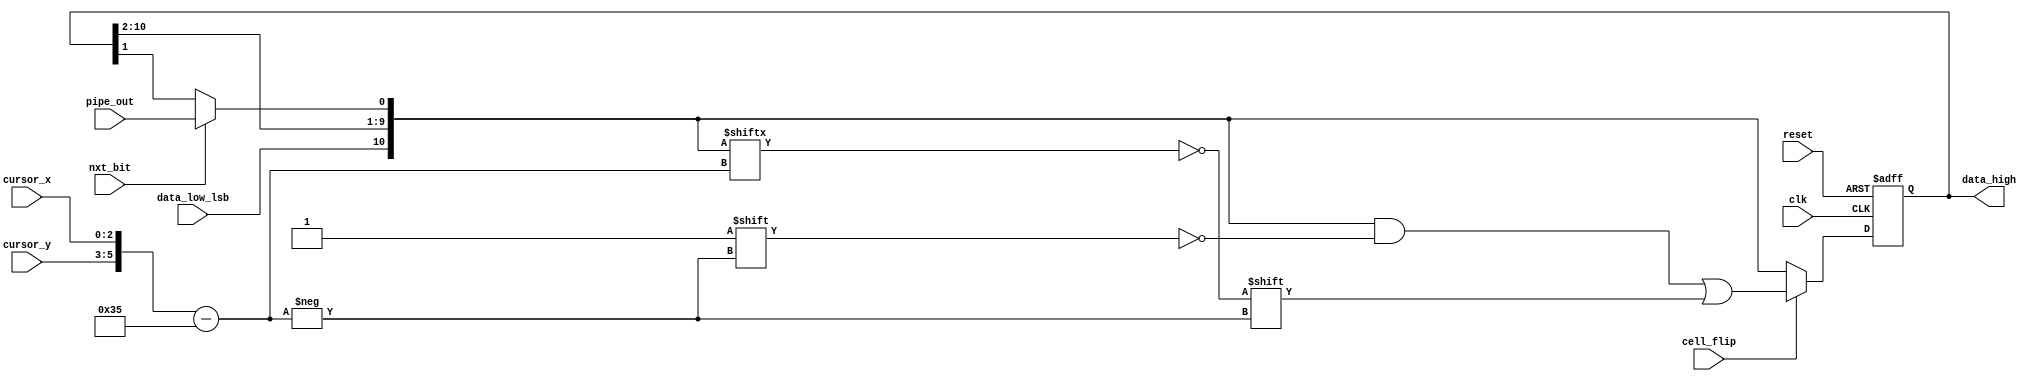
`timescale 1ns / 1ps
//////////////////////////////////////////////////////////////////////////////////
// Company: 
// Engineer: 
// 
// Design Name: 
// Module Name:    life_data
// Project Name: 
// Target Devices: 
// Tool versions: 
// Description: 
//
// Dependencies: 
//
// Revision: 
// Revision 0.01 - File Created
// Additional Comments: 
//
//////////////////////////////////////////////////////////////////////////////////

module life_data_high #
(
	parameter X=8,
	parameter Y=8,
	parameter HIGH_BITS=(X+3), // minimum value
	parameter LOG2X=3,
	parameter LOG2Y=3
) (
	input clk,
	input reset,
	input nxt_bit,
	input cell_flip,
	input [LOG2X-1:0]cursor_x,
	input [LOG2Y-1:0]cursor_y,
	input pipe_out,
	input data_low_lsb,
	output reg [(X*Y-1):(X*Y-HIGH_BITS)]data_high
);

reg [(X*Y-1):(X*Y-HIGH_BITS)]data_high_next;

always @(*)
begin
	
   // data = (data >> 1) | ((data & 1) << (X*Y-1));
   // data = data & ~(1LL << ((Y-1)*X-3)) | (pipe_out  ? (1LL << ((Y-1)*X-3)) : 0);

	// First rotate left
	data_high_next = {data_low_lsb, data_high[(X*Y-1):(X*Y-HIGH_BITS+1)]};
	if (nxt_bit) // game is running
	begin
		// update
		data_high_next[(Y-1)*X-3] = pipe_out;
	end
	if (cell_flip)
		data_high_next[{cursor_y, cursor_x}] = !data_high_next[{cursor_y, cursor_x}];
end

always @(posedge clk, negedge reset)
begin
	if (~reset)
		data_high <= {HIGH_BITS{1'b0}};
	else
		data_high <= data_high_next;
end

endmodule